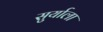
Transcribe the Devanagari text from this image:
सुर्याला